Veterinary regulations India, 1939 -
Year: 1939
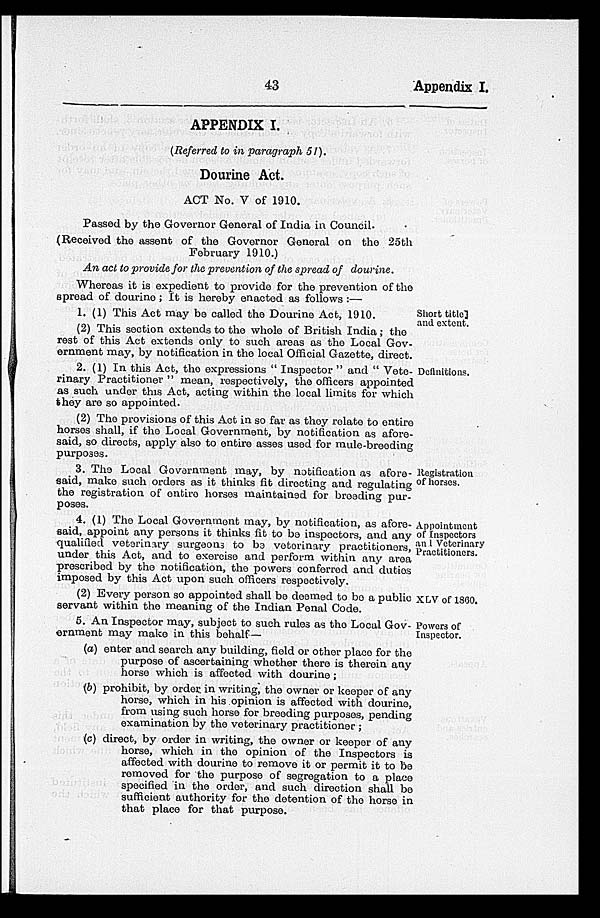
43
Appendix I.
APPENDIX I.
(Referred to in paragraph 51).
Dourine Act.
ACT No. V of 1910.
Passed by the Governor General of India in Council.
(Received the assent of the Governor General on the 25th
February 1910.)
An act to provide for the prevention of the spread of dourine.
Whereas it is expedient to provide for the prevention of the
spread of dourine ; It is hereby enacted as follows :—
Short title
and extent.
1. (1) This Act may be called the Dourine Act, 1910.
(2) This section extends to the whole of British India; the
rest of this Act extends only to such areas as the Local Gov-
ernment may, by notification in the local Official Gazette, direct.
Definitions.
2. (1) In this Act, the expressions " Inspector " and " Vete-
rinary Practitioner " mean, respectively, the officers appointed
as such under this Act, acting within the local limits for which
they are so appointed.
(2) The provisions of this Act in so far as they relate to entire
horses shall, if the Local Government, by notification as afore-
said, so directs, apply also to entire asses used for mule-breeding
purposes.
Registration
of horses.
3. The Local Government may, by notification as afore-
said, make such orders as it thinks fit directing and regulating
the registration of entire horses maintained for breeding pur-
poses.
Appointment
of Inspectors
and Veterinary
Practitioners.
4. (1) The Local Government may, by notification, as afore-
said, appoint any persons it thinks fit to be inspectors, and any
qualified veterinary surgeons to be veterinary practitioners,
under this Act, and to exercise and perform within any area
prescribed by the notification, the powers conferred and duties
imposed by this Act upon such officers respectively.
XLV of 1860.
(2) Every person so appointed shall be deemed to be a public
servant within the meaning of the Indian Penal Code.
Powers of
Inspector.
5. An Inspector may, subject to such rules as the Local Gov-
ernment may make in this behalf—
(a) enter and search any building, field or other place for the
purpose of ascertaining whether there is therein any
horse which is affected with dourine;
(b) prohibit, by order in writing, the owner or keeper of any
horse, which in his opinion is affected with dourine,
from using such horse for breeding purposes, pending
exmination by the veterinary practitioner ;
(c) direct, by order in writing, the owner or keeper of any
horse, which in the opinion of the Inspectors is
affected with dourine to remove it or permit it to be
removed for the purpose of segregation to a place
specified in the order, and such direction shall be
sufficient authority for the detention of the horse in
that place for that purpose.